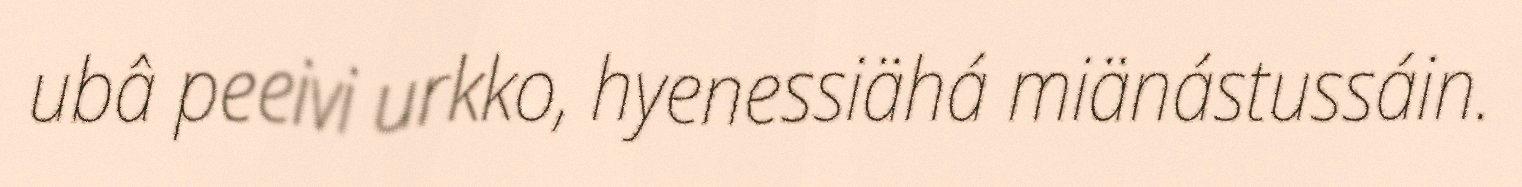
ubâ peeivi urkko, hyenessiähá miänástussáin.